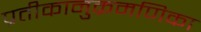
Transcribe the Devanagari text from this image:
प्रतीकानुक्रमणिका